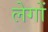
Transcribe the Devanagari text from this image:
लेगों